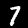
Digit: 7